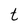
Character: t